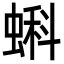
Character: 蝌